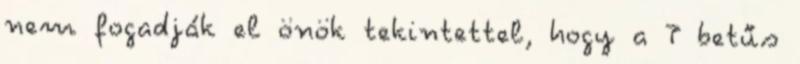
nem fogadják el önök tekintettel, hogy a T betűs